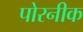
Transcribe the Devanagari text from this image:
पोरनीक